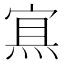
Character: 𰞶